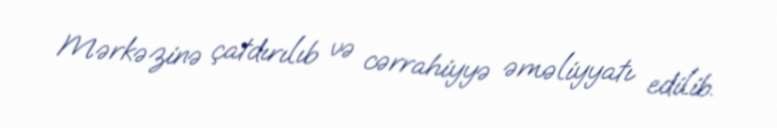
Mərkəzinə çatdırılıb və cərrahiyyə əməliyyatı edilib.